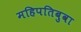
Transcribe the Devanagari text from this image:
महिपतिबुवा